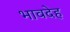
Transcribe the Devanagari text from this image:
भावदेह